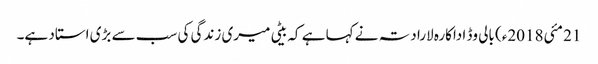
21 مئی2018ء) بالی وڈ اداکارہ لارا دتہ نے کہا ہے کہ بیٹی میری زندگی کی سب سے بڑی استاد ہے۔